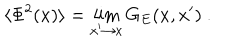
\langle \Phi ^ { 2 } ( x ) \rangle = \lim _ { x ^ { \prime } \to x } G _ { E } ( x , x ^ { \prime } ) \ .